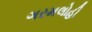
ગરમલોહી